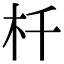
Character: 杄